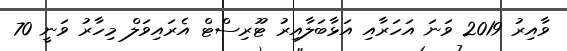
ވާއިރު 2019 ވަނަ އަހަރާއި އަޅާބަލާއިރު ޓޫރިސްޓް އެރައިވަލް މިހާރު ވަނީ 70